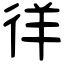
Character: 徉